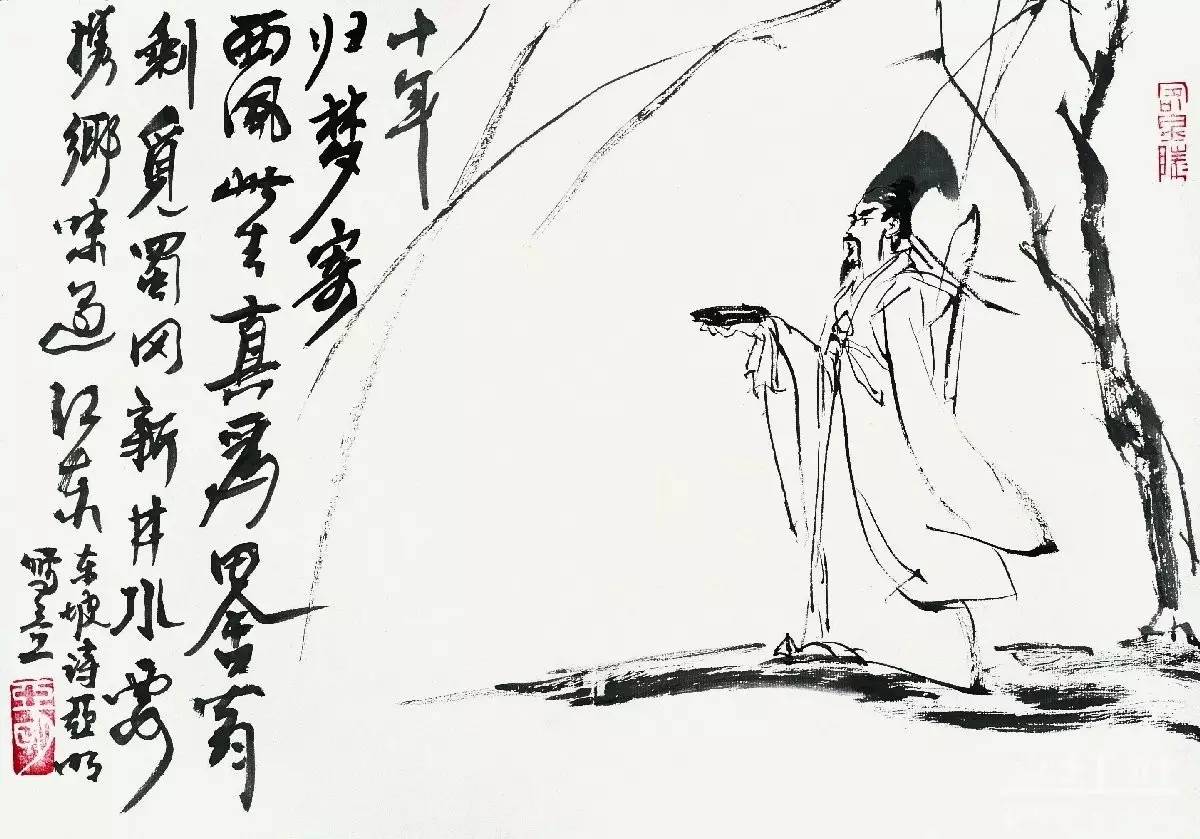
素娥无赖，西去曾不为人留。